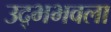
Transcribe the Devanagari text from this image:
उद्भभवला